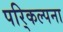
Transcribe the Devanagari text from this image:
परि्कल्पना